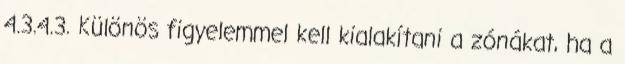
4.3.4.3. Különös figyelemmel kell kialakítani a zónákat, ha a